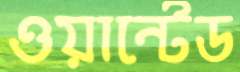
ওয়ান্টেড